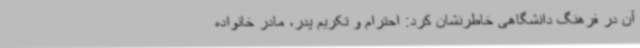
آن در فرهنگ دانشگاهی خاطرنشان کرد: احترام و تکریم پدر، مادر خانواده